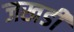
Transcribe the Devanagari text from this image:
जखडी